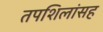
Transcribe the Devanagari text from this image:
तपशिलांसह